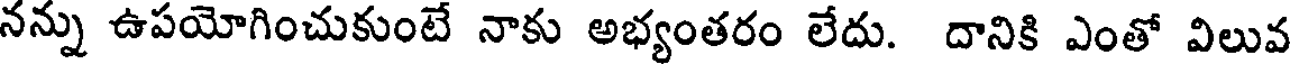
నన్ను ఉపయోగించుకుంటే నాకు అభ్యంతరం లేదు. దానికి ఎంతో విలువ